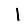
Digit: 1